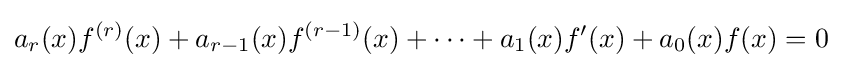
a_{r}(x)f^{(r)}(x)+a_{r-1}(x)f^{(r-1)}(x)+\cdots +a_{1}(x)f'(x)+a_{0}(x)f(x)=0